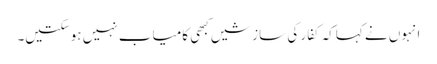
انہوں نے کہاکہ کفار کی سازشیں کبھی کامیاب نہیں ہوسکتیں۔